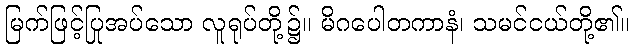
မြက်ဖြင့်ပြုအပ်သော လူရုပ်တို့၌။ မိဂပေါတကာနံ၊ သမင်ငယ်တို့၏။